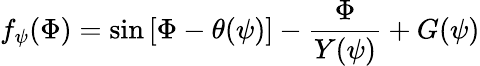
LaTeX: f_{\psi}(\Phi)=\sin\left[\Phi-\theta(\psi)\right]-\frac{\Phi}{Y(\psi)}+G(\psi)